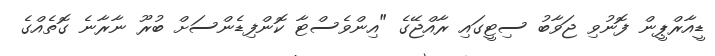
ޑީއާރްޕީން ފޮނުވި ޖަވާބު ސިޓީގައި ރާއްޖޭގެ "އިންވެސްޓާ ކޮންފިޑެންސަށް ބުރޫ ނާރާނެ ގޮތެއްގެ